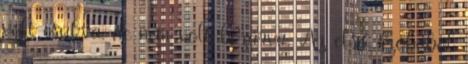
volt csukva, de nem volt bezárva. Az első szobából